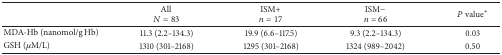
<table><thead><tr><td>[EMPTY_CELL]</td><td><b>All <i>N</i> = 83</b></td><td><b>ISM+ n = 17</b></td><td><b>ISM− n = 66</b></td><td><b><i>P</i> value*</b></td></tr></thead><tbody><tr><td>MDA-Hb (nanomol/g Hb)</td><td>11.3 (2.2–134.3)</td><td>19.9 (6.6–117.5)</td><td>9.3 (2.2–134.3)</td><td>0.03</td></tr><tr><td>GSH (<i>μ</i>M/L)</td><td>1310 (301–2168)</td><td>1295 (301–2168)</td><td>1324 (989–2042)</td><td>0.50</td></tr></tbody></table>